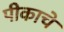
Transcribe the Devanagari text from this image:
पीकाचे